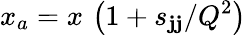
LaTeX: x_{a}=x\, \left(1+{{s_{\mathbf{j}\mathbf{j}}}}/{Q^{2}}\right)